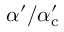
\alpha ^ { \prime } / \alpha _ { \mathrm { c } } ^ { \prime }